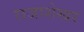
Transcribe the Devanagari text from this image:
राजाशेखर